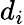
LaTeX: d_{i}